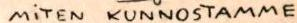
MiTEN KUNNOSTAMME